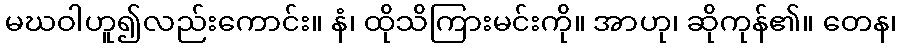
မဃဝါဟူ၍လည်းကောင်း။ နံ၊ ထိုသိကြားမင်းကို။ အာဟု၊ ဆိုကုန်၏။ တေန၊